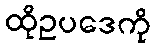
ထိုဥပဒေကို